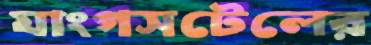
যাংগসটেলের